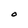
Character: O